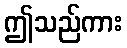
ဤသည်ကား